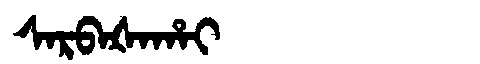
Manchu: ᠰᠠᡵᠪᠠᡧᠠᡥᠠᡳ
Romanization: SARBAŠAHAI